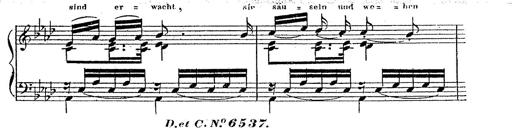
Title: 12 Lieder von Franz Schubert
Composer: Franz Liszt